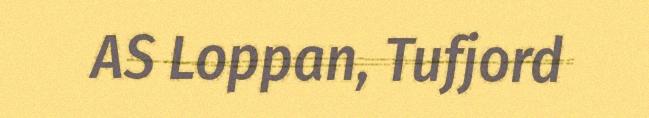
AS Loppan, Tufjord